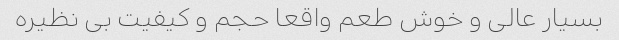
بسیار عالی و خوش طعم واقعا حجم و کیفیت بی نظیره